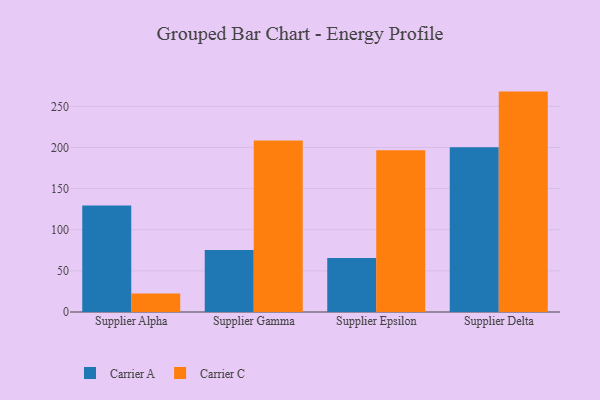
{"axis": {"x": "Supplier", "y": "Waste Production (Tons)"}, "legend": ["Carrier A", "Carrier C"], "data": [{"x": "Supplier Alpha", "y": 129.6, "type": "Carrier A"}, {"x": "Supplier Alpha", "y": 22.4, "type": "Carrier C"}, {"x": "Supplier Gamma", "y": 75.5, "type": "Carrier A"}, {"x": "Supplier Gamma", "y": 208.5, "type": "Carrier C"}, {"x": "Supplier Epsilon", "y": 65.5, "type": "Carrier A"}, {"x": "Supplier Epsilon", "y": 196.6, "type": "Carrier C"}, {"x": "Supplier Delta", "y": 200.4, "type": "Carrier A"}, {"x": "Supplier Delta", "y": 267.9, "type": "Carrier C"}]}